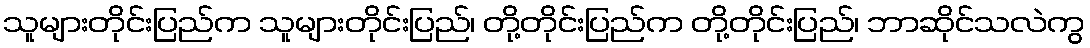
သူများတိုင်းပြည်က သူများတိုင်းပြည်၊ တို့တိုင်းပြည်က တို့တိုင်းပြည်၊ ဘာဆိုင်သလဲကွ